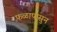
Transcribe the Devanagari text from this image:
फळापासुन